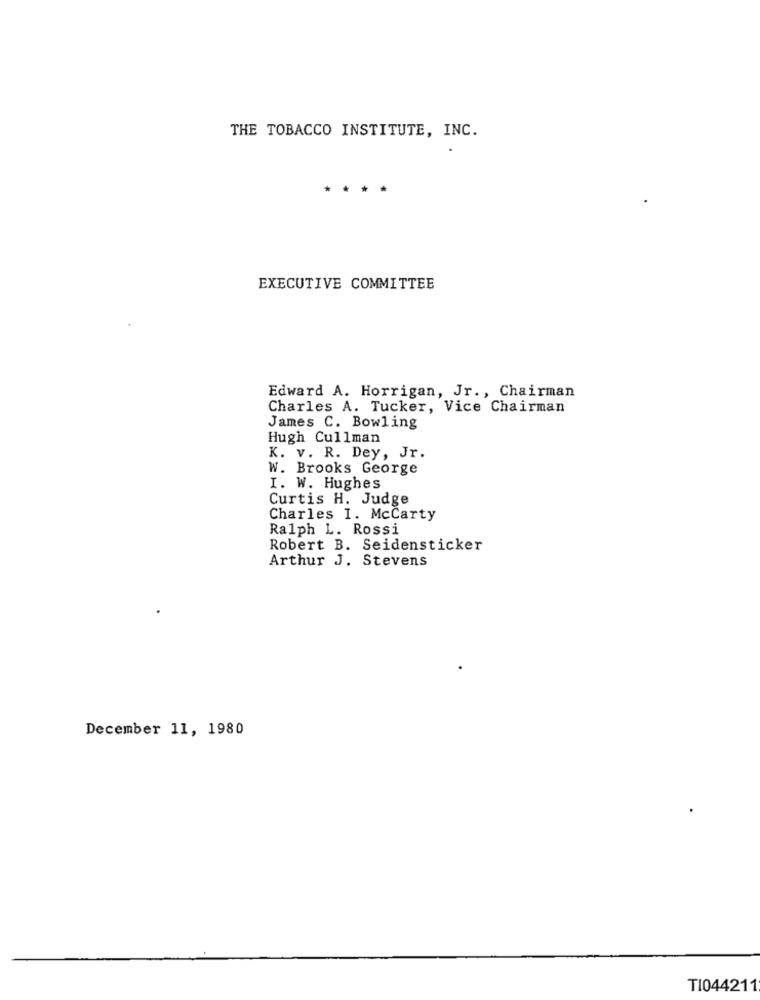
THE TOBACCO INSTITUTE, INC.
EXECUTIVE COMMITTEE
Edward A. Horrigan, Jr ., Chairman
Charles A. Tucker, Vice Chairman
James C. Bowling
Hugh Cullman
K. v. R. Dey, Jr.
W. Brooks George
I. W. Hughes
Curtis H. Judge
Charles I. McCarty
Ralph L. Rossi
Robert B. Seidensticker
Arthur J. Stevens
December 11, 1980
TI044211